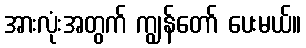
အားလုံးအတွက် ကျွန်တော် ပေးမယ်။